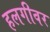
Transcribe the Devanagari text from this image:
हलगीवर